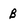
Character: B